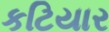
કટિયાર